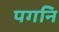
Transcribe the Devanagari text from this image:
पगनि